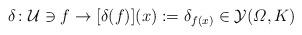
LaTeX: \begin{align*} \delta\colon\mathcal{U}\ni f\to[\delta(f)](x):= \delta_{f(x)}\in\mathcal{Y}(\varOmega ,K)\end{align*}